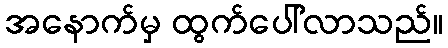
အနောက်မှ ထွက်ပေါ်လာသည်။